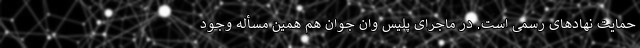
حمایت نهادهای رسمی است. در ماجرای پلیس وان جوان هم همین مسأله وجود